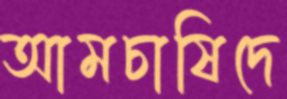
আমচাষিদে